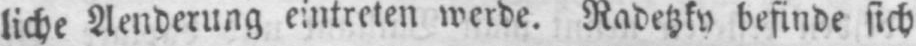
liche Aenderung eintreten werde. Radetzky befinde sich